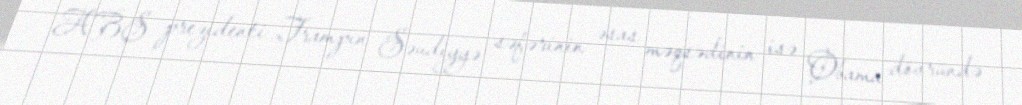
ABŞ prezidenti Trampın Səudiyyə səfərinin əsas məqsədinin isə Obama dövründə